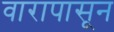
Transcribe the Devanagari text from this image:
वारापासून